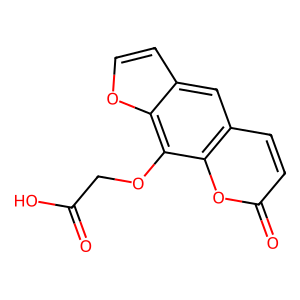
SMILES: O=C(O)COc1c2occc2cc2ccc(=O)oc12
Inhibits HIV replication: No